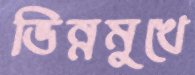
ভিন্নমুখে